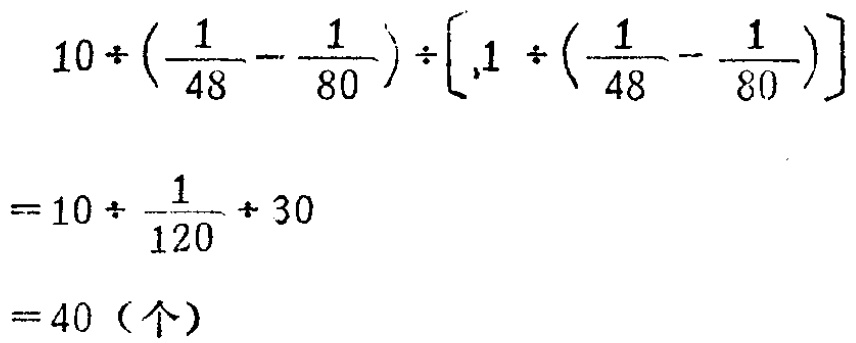
\[
\begin{align*}
&10\div(\frac{1}{48}-\frac{1}{80})\div[1\div(\frac{1}{48}-\frac{1}{80})]\\
=&10\div\frac{1}{120}\div30\\
=&40（个）
\end{align*}
\]